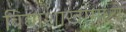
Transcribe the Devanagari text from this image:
विद्याशाखांमध्ये